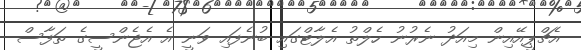
އެޗްޕީއޭއިން މިއަދު ނެރުނު ހެލްތު އެލާޓްގައި ބުނެފައި ވަނީ އެ އެޖެންސީގެ ތަފާސް